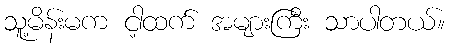
သူ့မိန်းမက ငါ့ထက် အများကြီး သာပါတယ်။